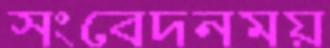
সংবেদনময়